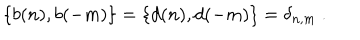
LaTeX: \{ b ( n ) , b ( - m ) \} = \{ d ( n ) , d ( - m ) \} = \delta _ { n , m } \ .